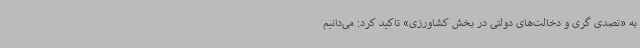
به «تصدی گری و دخالت‌های دولتی در بخش کشاورزی» تاکید کرد: می‌دانیم